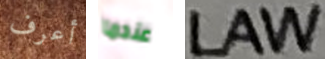
أعرف عندما LAW